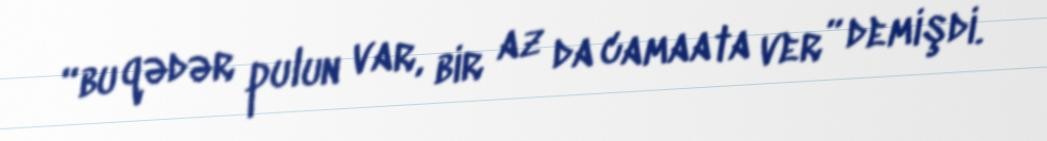
“bu qədər pulun var, bir az da camaata ver” demişdi.